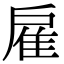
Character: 雇